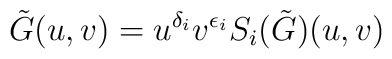
\tilde{G}(u, v) = u^{\delta_i} v^{\epsilon_i} S_i(\tilde{G})(u, v)